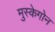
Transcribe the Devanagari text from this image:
मुस्केगोन